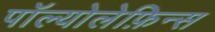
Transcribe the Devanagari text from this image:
पॉल्योलेफ़िन्स